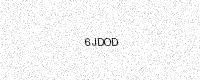
Text: 6JDOD